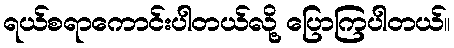
ရယ်စရာကောင်းပါတယ်လို့ ပြောကြပါတယ်။